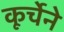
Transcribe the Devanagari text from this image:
कूर्चेने